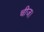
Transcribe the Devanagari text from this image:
चीज।